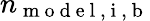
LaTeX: n_{\mathrm{~m~o~d~e~l~,~i~,~b~}}